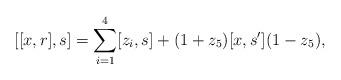
LaTeX: \begin{align*} [[x,r],s]=\sum_{i=1}^4 [z_i,s]+(1+z_5)[x,s'](1-z_5), \end{align*}